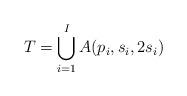
LaTeX: \begin{align*}T = \bigcup_{i=1}^I A(p_i,s_i,2s_i)\end{align*}